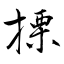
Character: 搮